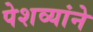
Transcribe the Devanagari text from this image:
पेशव्यांने